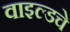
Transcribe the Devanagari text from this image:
वाइल्डचे